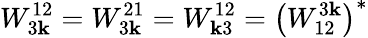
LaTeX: W_{3{\mathbf k}}^{12}=W_{3{\mathbf k}}^{21}=W_{{\mathbf k}3}^{12}=\left(W_{12}^{3{\mathbf k}}\right)^{*}